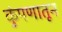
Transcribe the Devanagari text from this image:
कुंपणातून